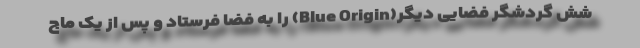
شش گردشگر فضایی دیگر(Blue Origin) را به فضا فرستاد و پس از یک ماج